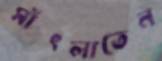
সাঁৎলাতেন